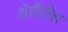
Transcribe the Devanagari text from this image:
शेरीतील